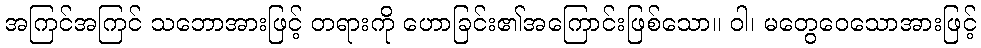
အကြင်အကြင် သဘောအားဖြင့် တရားကို ဟောခြင်း၏အကြောင်းဖြစ်သော။ ဝါ၊ မတွေဝေသောအားဖြင့်